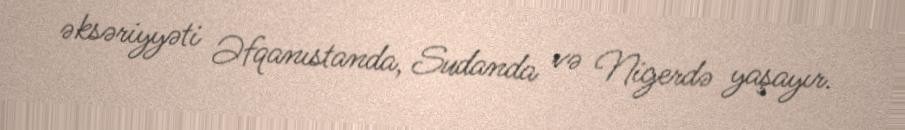
əksəriyyəti Əfqanıstanda, Sudanda və Nigerdə yaşayır.